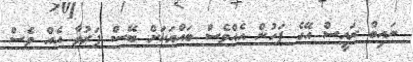
ނައިބް ރައީސް އޭގެ ފަހުން އެއްވެސް ބައްޔަކަށް ބޭސް ފަރުވާ އެއް ވެސް